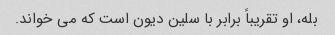
بله، او تقریباً برابر با سلین دیون است که می خواند.